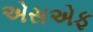
એસએફ